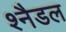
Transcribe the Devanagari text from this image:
श्नैडल